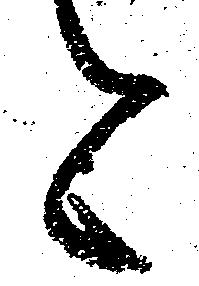
と